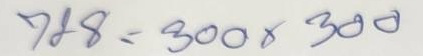
728 = 300 x 300